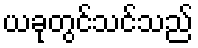
ယခုတွင်သင်သည်